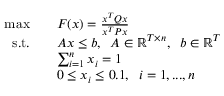
\begin{array} { r l } { \operatorname* { m a x } } & { \quad F ( x ) = \frac { x ^ { T } Q x } { x ^ { T } P x } } \\ { \mathrm { s . t . } } & { \quad A x \leq b , \; \; A \in \mathbb { R } ^ { T \times n } , \; \; b \in \mathbb { R } ^ { T } } \\ & { \quad \sum _ { i = 1 } ^ { n } x _ { i } = 1 } \\ & { \quad 0 \leq x _ { i } \leq 0 . 1 , \; \; i = 1 , . . . , n } \end{array}